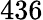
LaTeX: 436